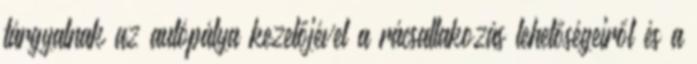
tárgyalnak az autópálya kezelőjével a rácsatlakozás lehetőségeiről és a